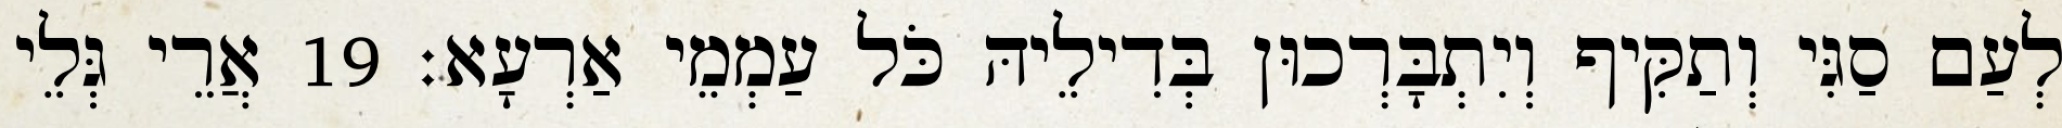
לְעַם סַגִּי וְתַקִּיף וְיִתְבָּרְכוּן בְּדִילֵיהּ כֹּל עַמְמֵי אַרְעָא׃ 19 אֲרֵי גְּלֵי